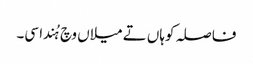
فاصلہ کوہاں تے میلاں وچ ہُندا سی۔